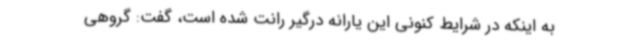
به اینکه در شرایط کنونی این یارانه درگیر رانت شده است، گفت: گروهی